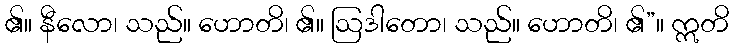
၏။ နီလော၊ သည်။ ဟောတိ၊ ၏။ ဩဒါတော၊ သည်။ ဟောတိ၊ ၏”။ ဣတိ